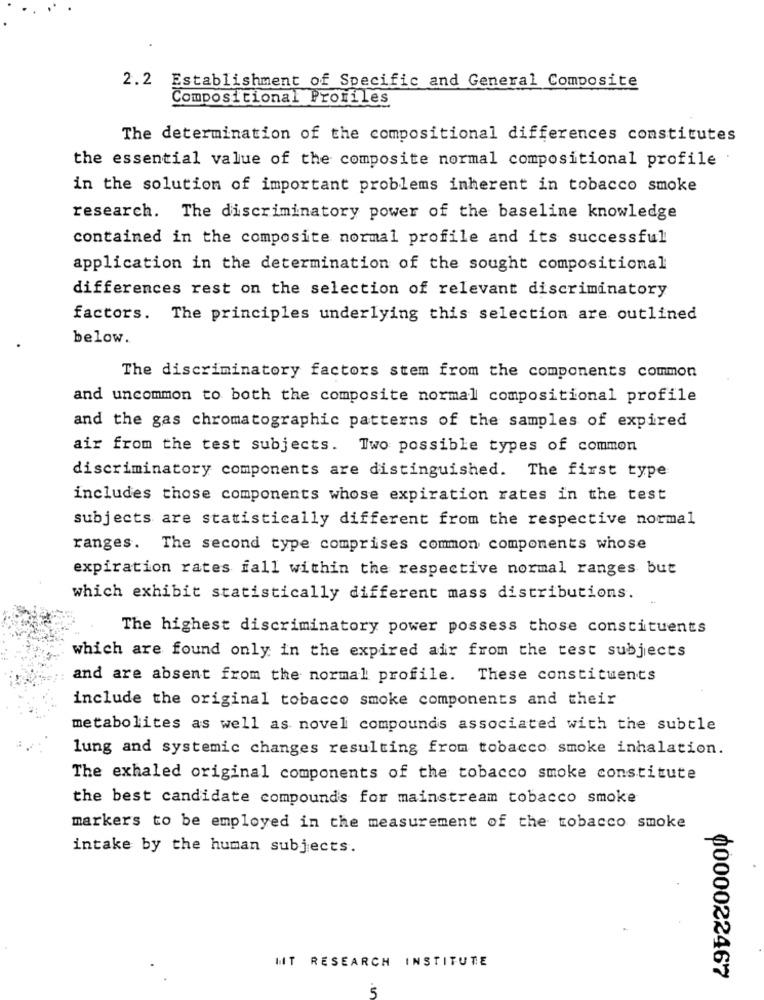
2.2 Establishment of Specific and General Composite
Compositional Profiles
The determination of the compositional differences constitutes
the essential value of the composite normal compositional profile
in the solution of important problems inherent in tobacco smoke
research. The discriminatory power of the baseline knowledge
contained in the composite normal profile and its successful
application in the determination of the sought compositional
differences rest on the selection of relevant discriminatory
factors. The principles underlying this selection are outlined
below.
The discriminatory factors stem from the components common
and uncommon to both the composite normal compositional profile
and the gas chromatographic patterns of the samples of expired
air from the test subjects. Two possible types of common
discriminatory components are distinguished. The first type
includes those components whose expiration rates in the test
subjects are statistically different from the respective normal
ranges. The second type comprises common components whose
expiration rates fall within the respective normal ranges but
which exhibit statistically different mass distributions.
The highest discriminatory power possess those constituents
which are found only in the expired air from the test subjects
and are absent from the normal profile. These constituents
include the original tobacco smoke components and their
metabolites as well as novel compounds associated with the subtle
lung and systemic changes resulting from tobacco smoke inhalation.
The exhaled original components of the tobacco smoke constitute
the best candidate compounds for mainstream tobacco smoke
markers to be employed in the measurement of the tobacco smoke
intake by the human subjects.
IT RESEARCH INSTITUTE
0000022467